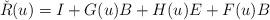
LaTeX: \begin{align*} \check{R}(u)=I+ G(u)B+H(u)E+F(u)B\end{align*}